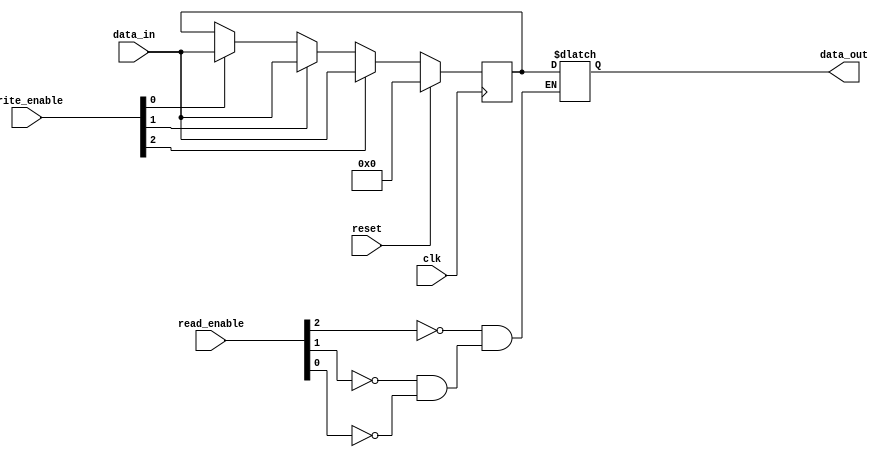
module memory_block(
    input wire clk,
    input wire reset,
    input wire [7:0] data_in,
    input wire [2:0] write_enable,
    input wire [2:0] read_enable,
    output reg [7:0] data_out
);

reg [7:0] register;

always @(posedge clk) begin
    if (reset) begin
        register <= 8'h00;
    end else begin
        if (write_enable[0]) begin
            register <= data_in;
        end
        if (write_enable[1]) begin
            register <= data_in;
        end
        if (write_enable[2]) begin
            register <= data_in;
        end
    end
end

always @* begin
    if (read_enable[0]) begin
        data_out = register;
    end
    if (read_enable[1]) begin
        data_out = register;
    end
    if (read_enable[2]) begin
        data_out = register;
    end
end

endmodule